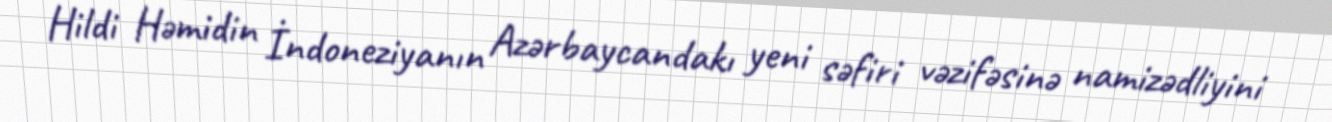
Hildi Həmidin İndoneziyanın Azərbaycandakı yeni səfiri vəzifəsinə namizədliyini